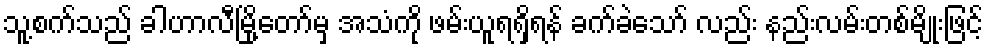
သူ့စက်သည် ခါဟာလီမြို့တော်မှ အသံကို ဖမ်းယူရရှိရန် ခက်ခဲသော် လည်း နည်းလမ်းတစ်မျိုးဖြင့်